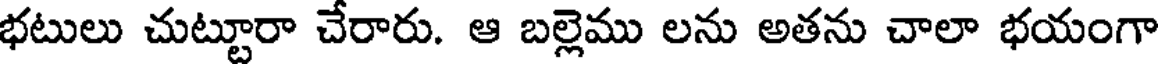
భటులు చుట్టూరా చేరారు. ఆ బల్లెము లను అతను చాలా భయంగా